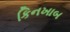
કિનખાબ